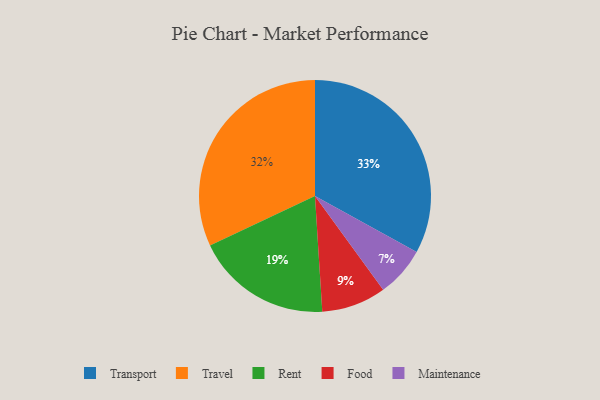
{"axis": {"x": "Category", "y": "Percentage"}, "legend": ["Food", "Maintenance", "Rent", "Transport", "Travel"], "data": [{"x": "Travel", "y": 32, "type": "Travel"}, {"x": "Food", "y": 9, "type": "Food"}, {"x": "Maintenance", "y": 7, "type": "Maintenance"}, {"x": "Transport", "y": 33, "type": "Transport"}, {"x": "Rent", "y": 19, "type": "Rent"}]}